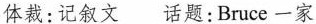
体裁:记叙文 话题:Bruce 一家